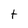
Character: t